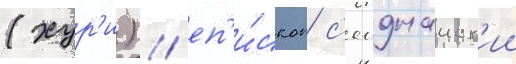
(хур'и) / еп'и́скоп с'еиднаиск'ии